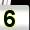
Digit: 5